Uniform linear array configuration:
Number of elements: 4
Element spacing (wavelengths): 0.5
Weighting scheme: binomial
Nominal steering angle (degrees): -45
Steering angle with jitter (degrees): -43.21
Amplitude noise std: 0.05
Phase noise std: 0.05

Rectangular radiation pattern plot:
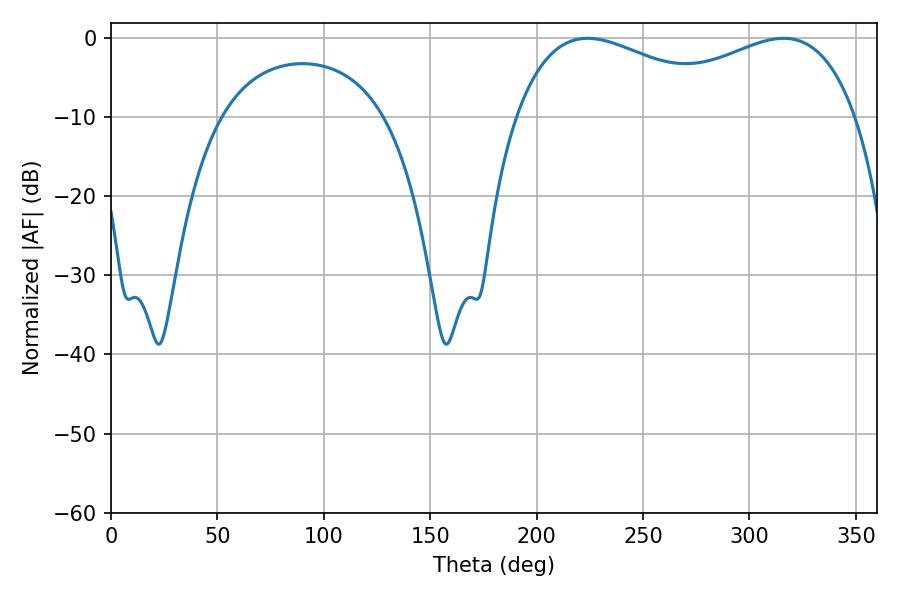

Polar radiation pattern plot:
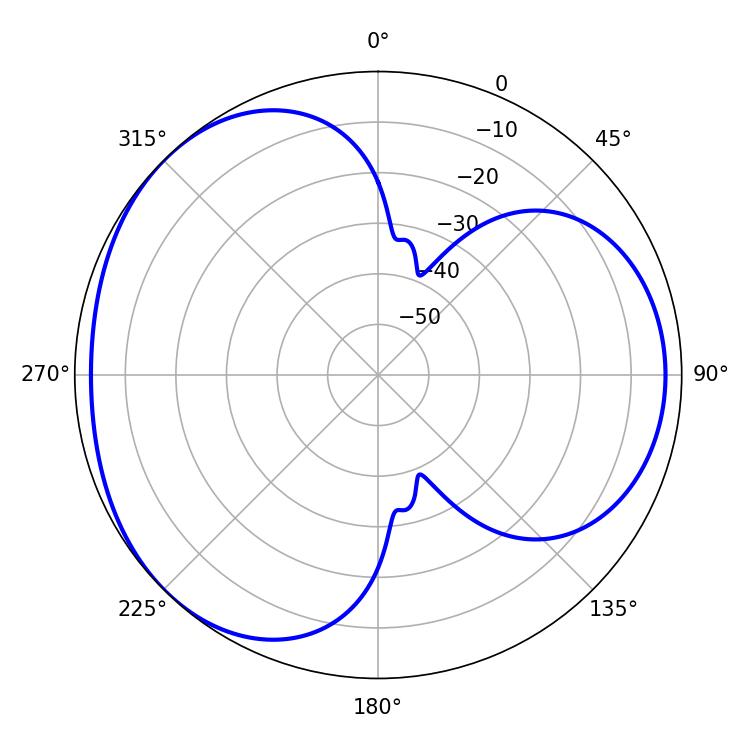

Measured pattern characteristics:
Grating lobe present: FALSE
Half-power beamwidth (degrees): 58.68
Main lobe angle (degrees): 223.92